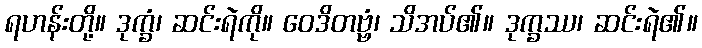
ရဟန်းတို့။ ဒုက္ခံ၊ ဆင်းရဲကို။ ဝေဒိတဗ္ဗံ၊ သိအပ်၏။ ဒုက္ခဿ၊ ဆင်းရဲ၏။